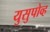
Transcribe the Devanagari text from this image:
युसुपोव्ह